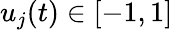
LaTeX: u_{j}(t)\in[-1,1]